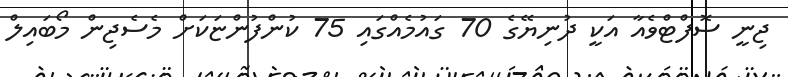
ޖިނީ ސޮފްޓްވެެއާ އަކީ ދުނިޔޭގެ 70 ގައުމެއްގައި 75 ކުންފުންޏަކަށް މެސެޖިން މޯބައިލް